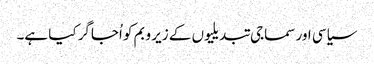
سیاسی اور سماجی تبدیلیوں کے زیر و بم کو اُجاگر کیا ہے۔